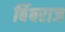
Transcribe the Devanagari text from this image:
बिंबराज